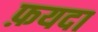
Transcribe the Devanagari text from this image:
फ़यदा